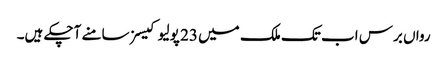
رواں برس اب تک ملک میں 23 پولیو کیسز سامنے آچکے ہیں۔